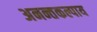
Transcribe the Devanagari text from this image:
अनन्तकल्पाय